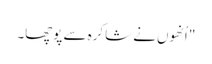
" اُنھوں نے شاکرہ سے پوچھا۔